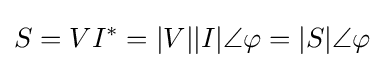
S=VI^{*}=|V||I|\angle \varphi =|S|\angle \varphi